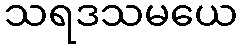
သရဒသမယေ